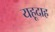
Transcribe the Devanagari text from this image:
यहूदाह